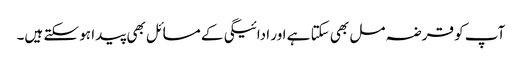
آپ کو قرضہ مل بھی سکتا ہے اور ادائیگی کے مسائل بھی پیدا ہو سکتے ہیں۔